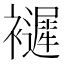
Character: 𧞽